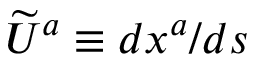
{ \widetilde { U } } ^ { a } \equiv d x ^ { a } / d s